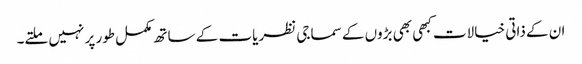
ان کے ذاتی خیالات کبھی بھی بڑوں کے سماجی نظریات کے ساتھ مکمل طور پر نہیں ملتے۔